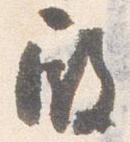
殿